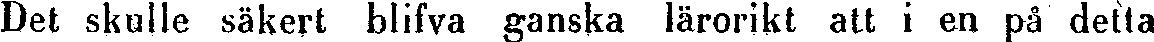
Det skulle säkert blifva ganska lärorikt att i en på detta